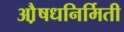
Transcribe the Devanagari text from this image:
औ़़षधनिर्मिती